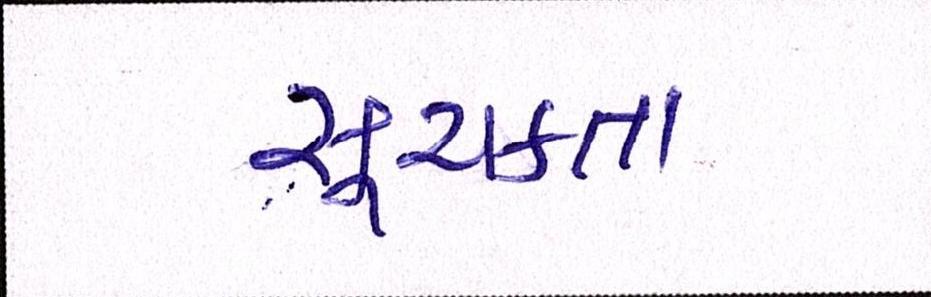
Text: સૂચકતા